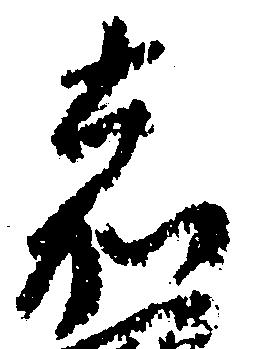
嘉